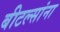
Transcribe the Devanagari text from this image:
बीटल्सांना